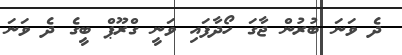
ދެ ވަނަ ބުރުން ޖާގަ ހޯދާފައި ވަނީ ގްރޫޕް ބީގެ ދެ ވަނަ